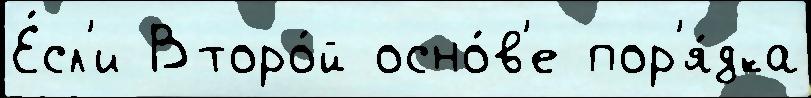
Е́сл'и Второ́й осно́в'е пор'я́дка